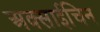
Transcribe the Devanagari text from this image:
अक्साईचिन